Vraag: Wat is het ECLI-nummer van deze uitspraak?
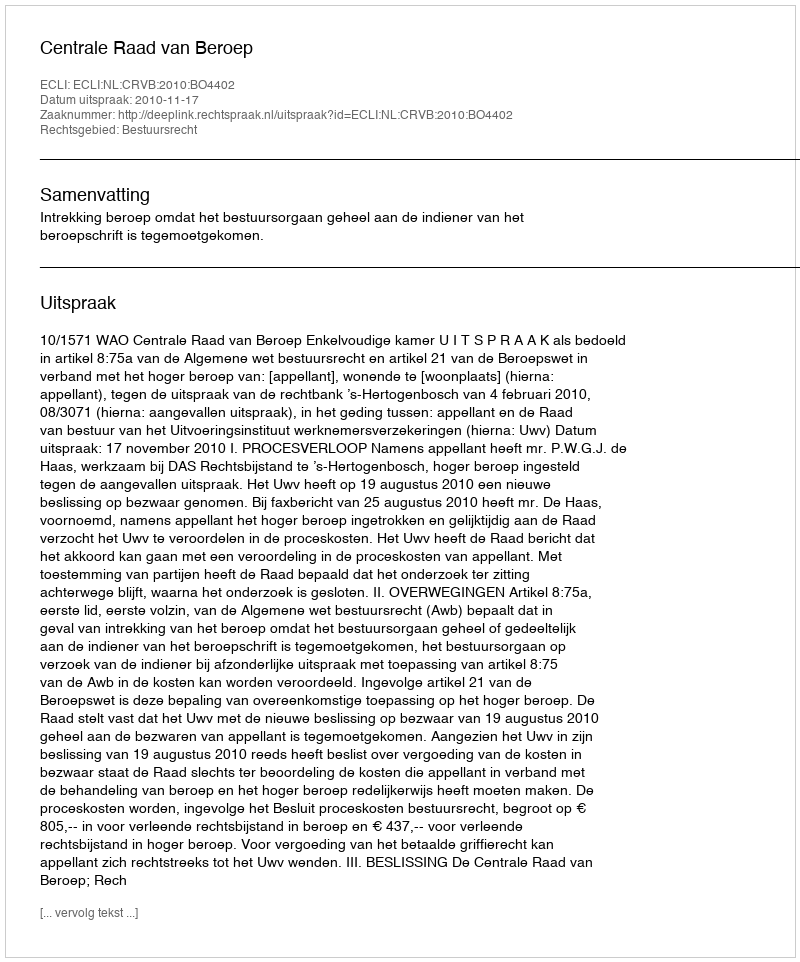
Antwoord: ECLI:NL:CRVB:2010:BO4402